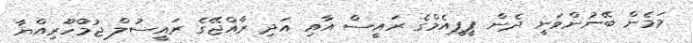
މަމެން ބޭނުންވަނީ ދެން ޕީޕީއެމްގެ ރައީސް އާއި އަދި ރާއްޖޭގެ ރައީސުލް ޖުމްހޫރިއްޔާ